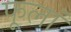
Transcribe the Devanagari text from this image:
फूलां